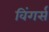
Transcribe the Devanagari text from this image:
विंगर्स